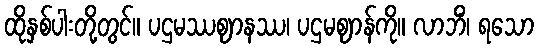
ထိုနှစ်ပါးတို့တွင်။ ပဌမဿဈာနဿ၊ ပဌမဈာန်ကို။ လာဘိံ၊ ရသော